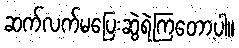
ဆက်လက်မပြေးဆွဲရဲကြတော့ပါ။